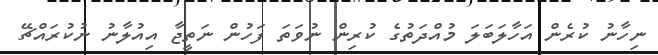
ނިހާނު ކުރެން އަހާލަބަލަ މުއްދަތުގެ ކުރިން ނުވަތަ ފަހުން ނަތީޖާ އިއުލާނު ނުކުރައްޗޭ